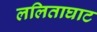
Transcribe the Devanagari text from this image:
ललिताघाट